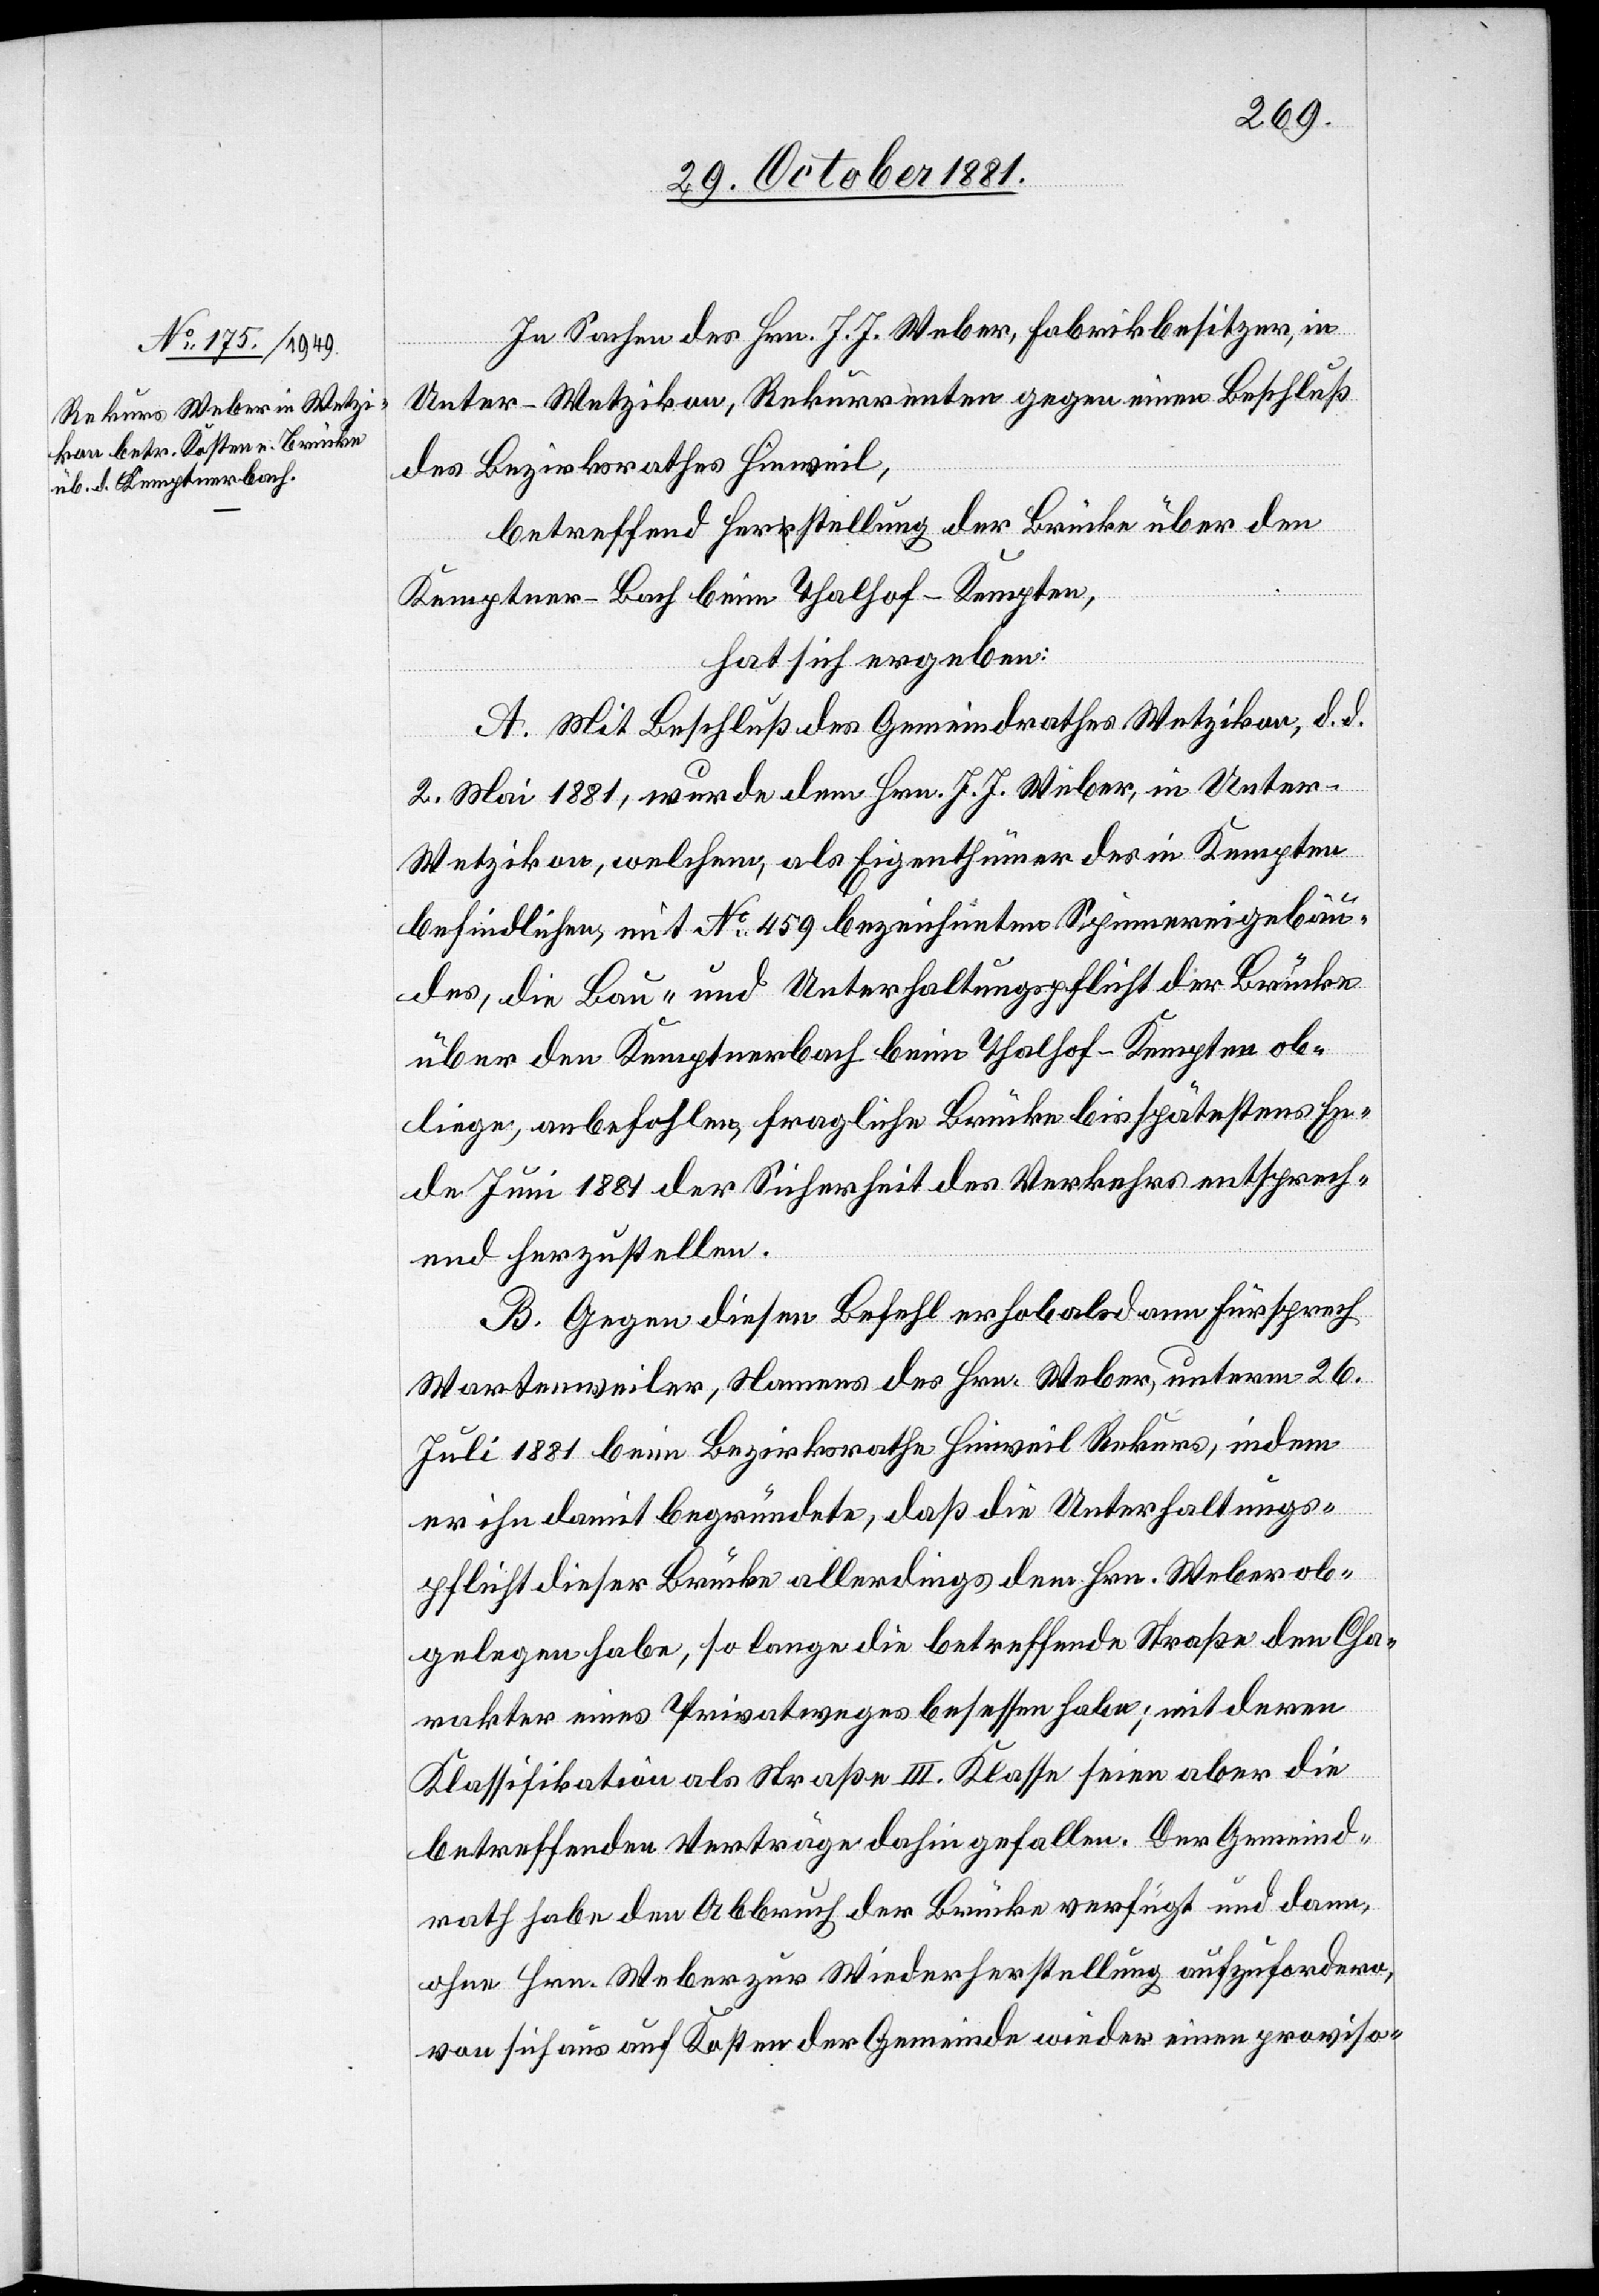
In Sachen des Hrn. J. J. Weber, Fabrikbesitzer, in
Unter-Wetzikon, Rekurrenten gegen einen Beschluß
des Bezirksrathes Hinweil,
betreffend Herstellung der Brücke über den
Kemptner-Bach beim Thalhof - Kempten,
hat sich ergeben:
A. Mit Beschluß des Gemeindrathes Wetzikon, d. d.
2. Mai 1881, wurde dem Hrn. J. J. Weber, in Unter-W¬
etzikon, welchem, als Eigenthümer des in Kempten
befindlichen, mit No 459 bezeichneten Spinnereigebäu¬
des, die Bau- und Unterhaltungspflicht der Brücke
über den Kemptnerbach beim Thalhof - Kempten ob¬
liege, anbefohlen, fragliche Brücke bis spätestens En¬
de Juni 1881 der Sicherheit des Verkehrs entsprech¬
end herzustellen.
B. Gegen diesen Befehl erhob alsdann Fürsprech
Wartenweiler, Namens des Hrn. Weber, unterm 26.
Juli 1881 beim Bezirksrathe Hinweil Rekurs, indem
er ihn damit begründete, daß die Unterhaltungs¬
pflicht dieser Brücke allerdings dem Hrn. Weber ob¬
gelegen habe, so lange die betreffende Straße den Cha¬
rakter eines Privatweges besessen habe; mit deren
Klassifikation als Straße III. Klasse seien aber die
betreffenden Verträge dahingefallen. Der Gemeind¬
rath habe den Abbruch der Brücke verfügt und dann,
ohne Hrn. Weber zur Wiederherstellung aufzufordern,
von sich aus auf Kosten der Gemeinde wieder einen proviso-